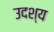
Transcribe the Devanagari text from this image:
उदश्य